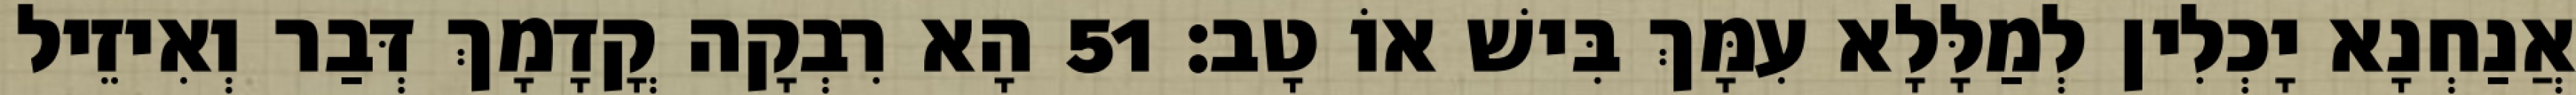
אֲנַחְנָא יָכְלִין לְמַלָּלָא עִמָּךְ בִּישׁ אוֹ טָב׃ 51 הָא רִבְקָה קֳדָמָךְ דְּבַר וְאִיזֵיל